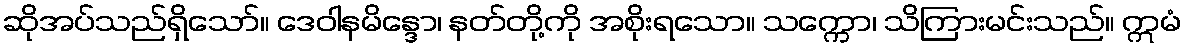
ဆိုအပ်သည်ရှိသော်။ ဒေဝါနမိန္ဒော၊ နတ်တို့ကို အစိုးရသော။ သက္ကော၊ သိကြားမင်းသည်။ ဣမံ